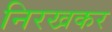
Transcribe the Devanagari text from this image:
निरखकर